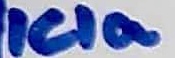
Text: ICIa